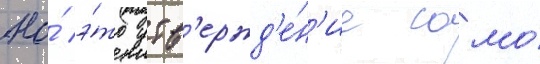
Но́ э́то утв'ержд'е́н'ие само́